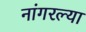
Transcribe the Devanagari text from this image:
नांगरल्या